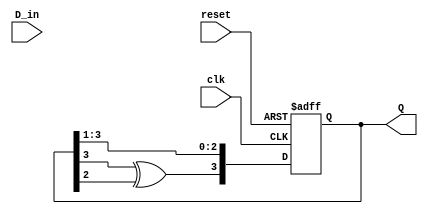
module FeedbackRegister (
    input wire clk,         // Clock input
    input wire reset,       // Reset input
    input wire D_in,        // Data input
    output reg [N-1:0] Q    // Output register
);
    parameter N = 4;        // Number of bits in the register

    // Internal feedback signal
    wire feedback;

    // Feedback logic (XOR of the last two bits)
    assign feedback = Q[N-1] ^ Q[N-2];

    // Sequential logic for the shift register with feedback
    always @(posedge clk or posedge reset) begin
        if (reset) begin
            Q <= 0; // Initialize to zero on reset
        end else begin
            // Shift operation
            Q <= {feedback, Q[N-1:1]};
        end
    end
endmodule